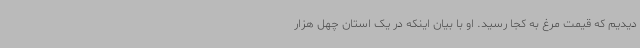
دیدیم که قیمت مرغ به کجا رسید. او با بیان اینکه در یک استان چهل هزار